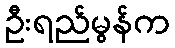
ဦးရည်မွန်က